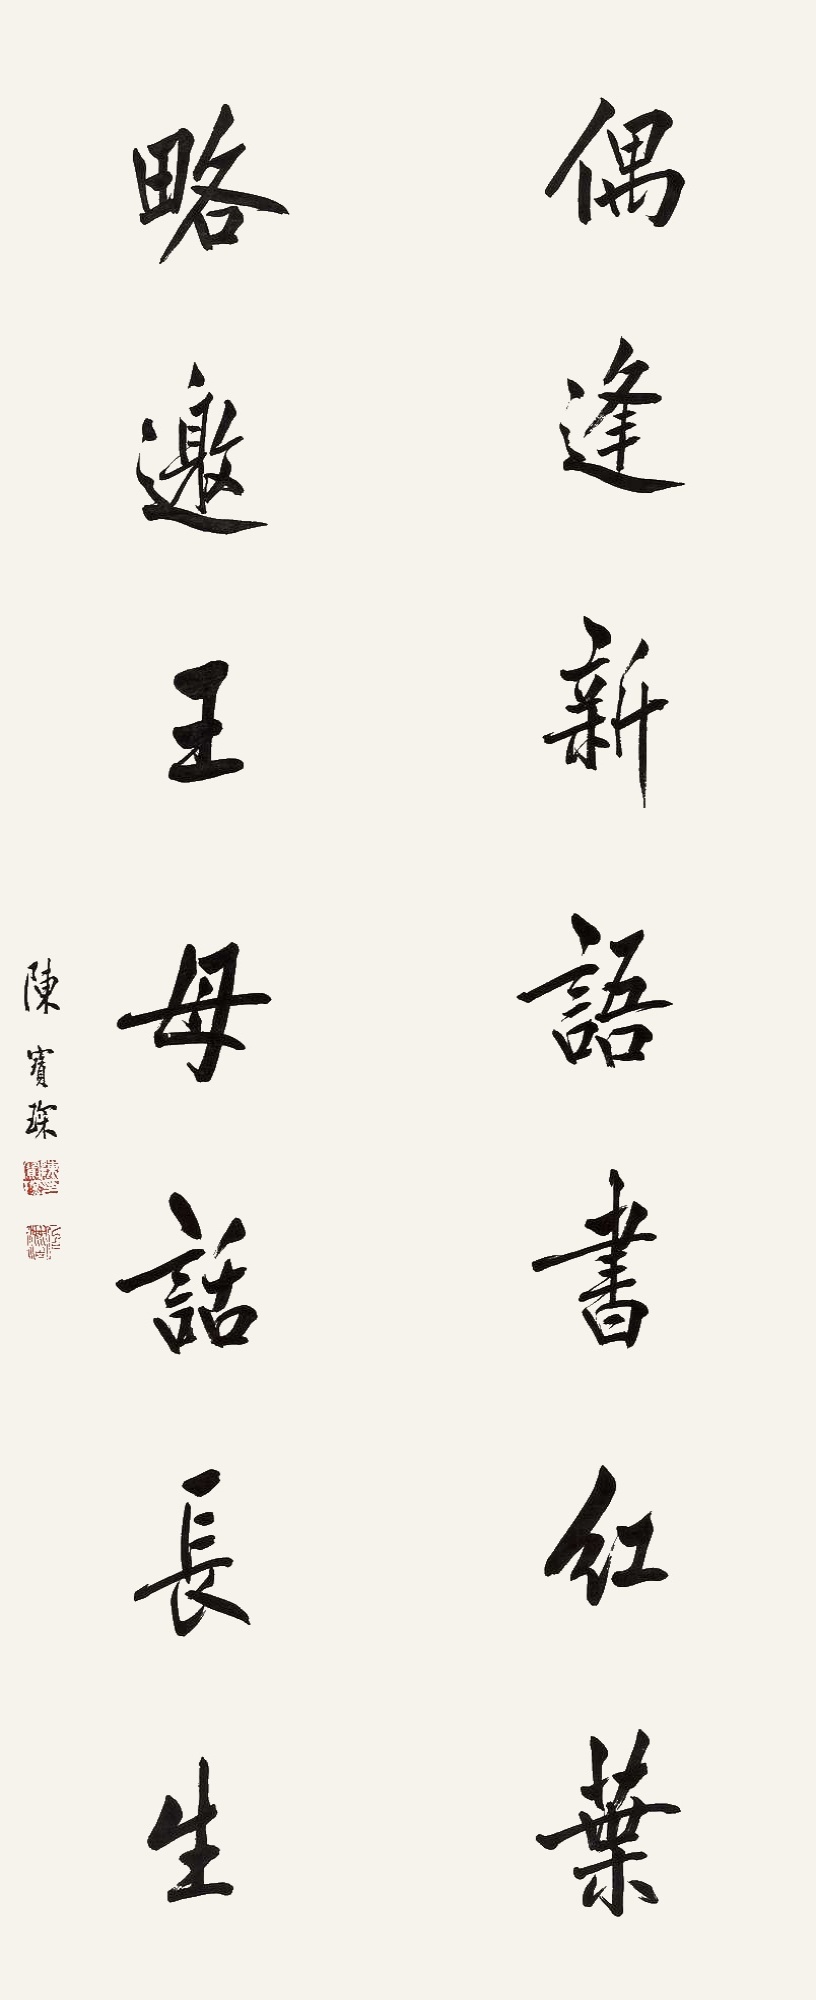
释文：偶逢新语书红叶，略邀王母话长生。陈宝琛。